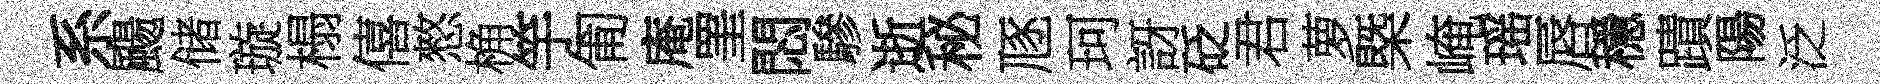
系颺储璇榻僖憗桷竽匍庵罣悶驂逝秘豗珂訝砭君萝槩崦瑶唇穩蹟陽泛